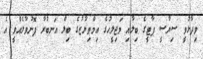
ވިދާޅުވީ ސިޔާސީ ޕާޓީގެ ބިލާއި މަޖިލީހުގެ އިމްތިޔާޒުގެ ބިލް އަނބުރާ ފޮނުވާލެއްވީ އެ